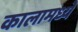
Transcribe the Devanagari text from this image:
कालामध्ये